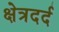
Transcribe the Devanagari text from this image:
क्षेत्रदर्द